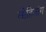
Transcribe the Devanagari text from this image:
लोहितांग